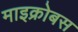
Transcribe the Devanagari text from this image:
माइक्रोबस